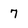
Character: 7